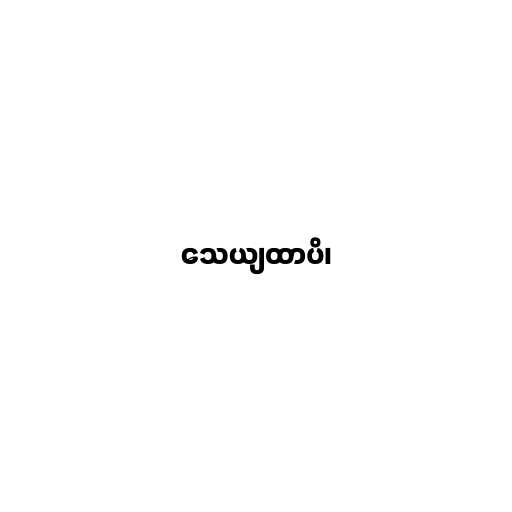
သေယျထာပိ၊